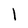
Character: l